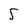
Character: 5